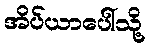
အိပ်ယာပေါ်သို့